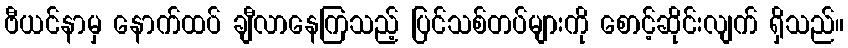
ဗီယင်နာမှ နောက်ထပ် ချီလာနေကြသည့် ပြင်သစ်တပ်များကို စောင့်ဆိုင်းလျက် ရှိသည်။